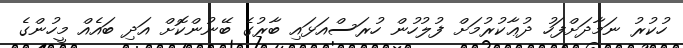
ހުކުރު ނަމާދަށްފަހު ދުޢާކުރުމަށް ފުލުހުން ހުރަސްއަޅައި ބާރުގެ ބޭނުންކޮށް އަދި ބައެއް މީހުންގެ